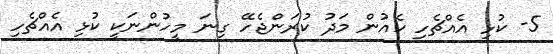
5- ކުޅި އެއްޗެހި ކެއުން މަދު ކުރަންޖެހޭ ގިނަ މީހުންނަކީ ކުޅި އެއްޗެހި